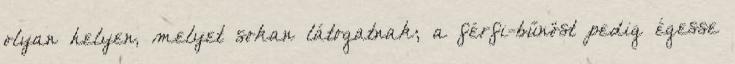
olyan helyen, melyet sokan látogatnak; a férfi-bűnöst pedig égesse